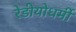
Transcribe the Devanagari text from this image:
रेडीयोधर्मी